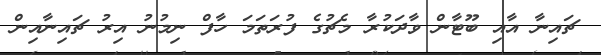
ޗައިނާ އާއި ބޫޓާން ވާދަކުރާ މެޗުގެ ފުރަތަމަ ހާފް ނިމުނު އިރު ޗައިނާއިން